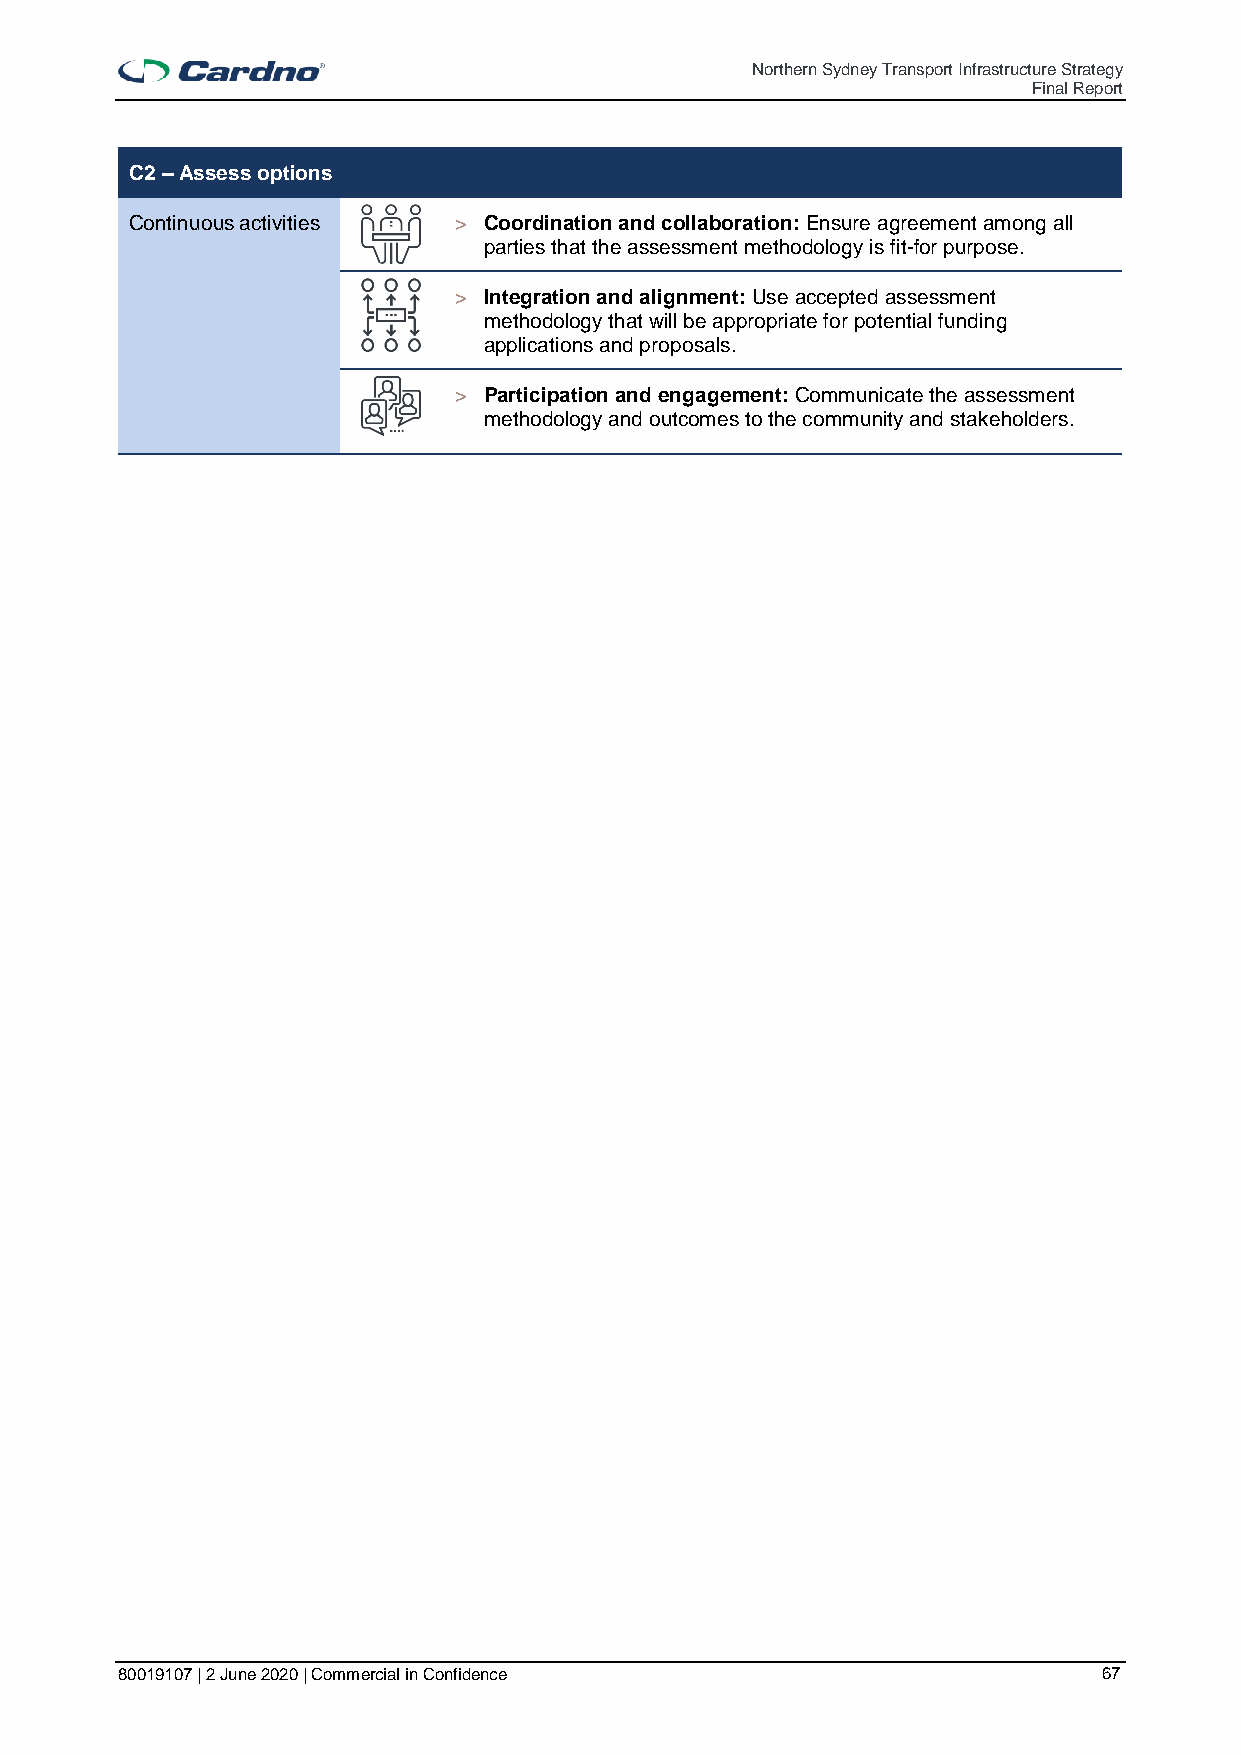
Northern Sydney Transport Infrastructure Strategy
 Final Report
 C2 – Assess options
 Continuous activities > Coordination and collaboration: Ensure agreement among all
 parties that the assessment methodology is fit-for purpose.
 > Integration and alignment: Use accepted assessment
 methodology that will be appropriate for potential funding
 applications and proposals.
 > Participation and engagement: Communicate the assessment
 methodology and outcomes to the community and stakeholders.
 80019107 | 2 June 2020 | Commercial in Confidence                67